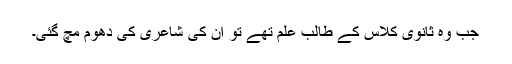
جب وہ ثانوی کلاس کے طالب علم تھے تو ان کی شاعری کی دھوم مچ گئی۔